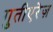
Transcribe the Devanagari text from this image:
गुतीएरेज़